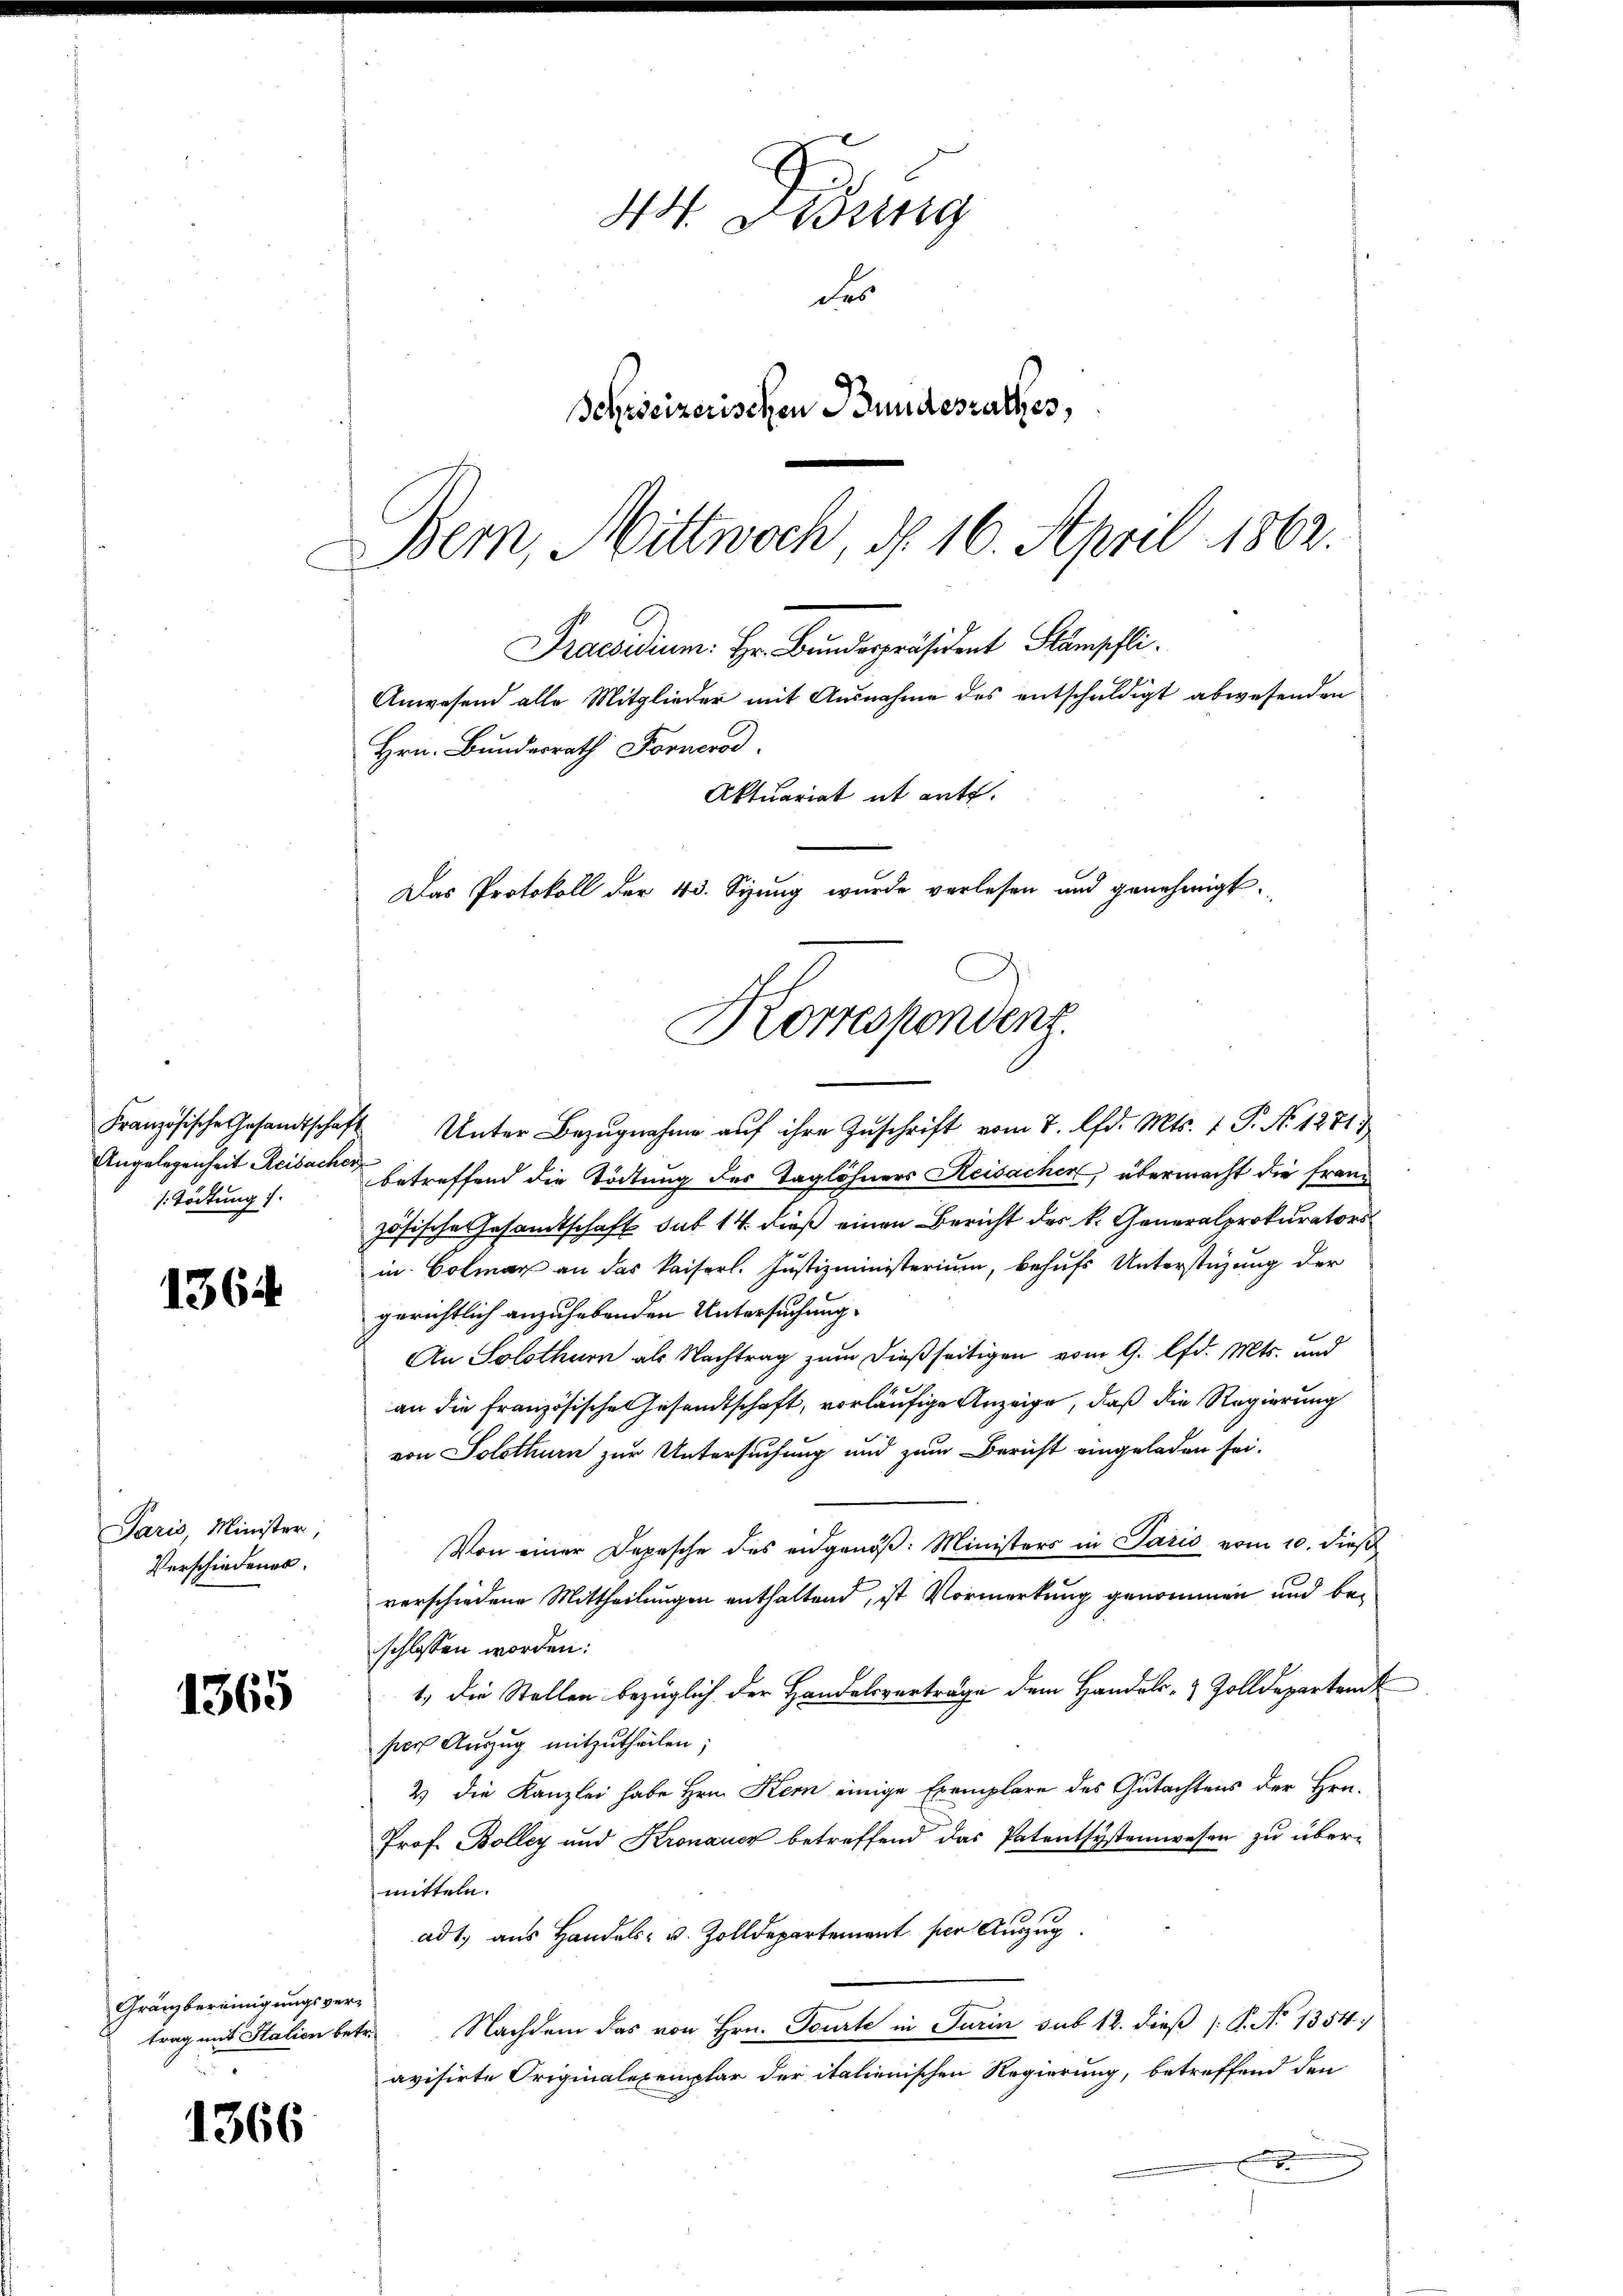
Französische Gesandtschaf
Angelegenheit Reisache.
Tödtung 1.

1364

Paris, Minister,
Verschiedenen.

1365

Gränzbereinigungsvertrag mit Station bet

1366

44. Sessing
des
Schweizerischen Bundesrathes,
Bem, Mittwoch, d. 16. April 1862.

Praesidium: Hr. Bundespräsident Stämpfli
Anwesend alle Mitglieder mit Ausnahme des entschuldigt abwesenden
Hrn. Bunderrath Fornerod.
Aktuariat it ente.
Das Protokoll der 43. Sizung wurde verlesen und genehmigt.
Korrespondent

Unter Bezugnahme auf ihre Zuschrift vom 7. d. Mts. 1 P. No 1281),
betreffend die Tödtung des Taglöhners Reisacher, übermacht die französische Gesandtschaft sub 14. dieß einen Bericht des k. Generalprokurators
in Colmar an das kaiserl. Justizministerium, behufs Unterstüzung der
gerichtlich anzuhebenden Untersuchung.
An Solothurn als Nachtrag zum dießseitigen vom 9. lfd. Mts. und
an die französischen Gesandtschaft, vorläufige Anzeige, daß die Regierung
von Solothurn zur Untersuchung und zum Bericht eingeladen sei.
Von einer Depesche des eidgenöß: Ministers in Paris vom 10. dieß
verschiedene Mittheilungen enthaltend, ist Vormerkung genommen und beschlossen worden:
1.) Die Stellen bezüglich der Handelsverträge dem Handels- & Zolldepartant
per Auszug mitzutheilen.
2) die Kanzlei habe Hrn. Kern einige Exemplare des Gutachtens der Hrn.
Prof. Bolley und Kronauer betreffend das Patentsystemwesen zu übermitteln.
ad 1. aus Handels- u. Zolldepartement per Auszug
 Nachdem das von Hrn. Tourt in Turin sub 12. dieß P. No 1354)
avisirte Originalexemplar der italienischen Regierung, betreffend den
o